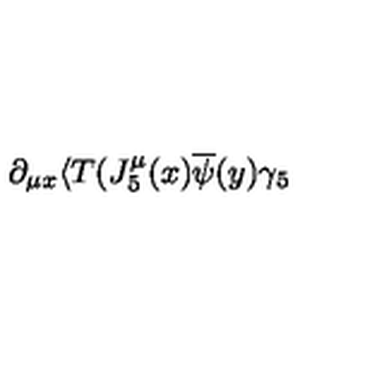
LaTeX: \partial _ { \mu x } \langle T ( J _ { 5 } ^ { \mu } ( x ) \overline { { \psi } } ( y ) \gamma _ { 5 }